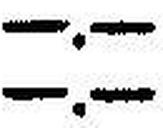
—.—